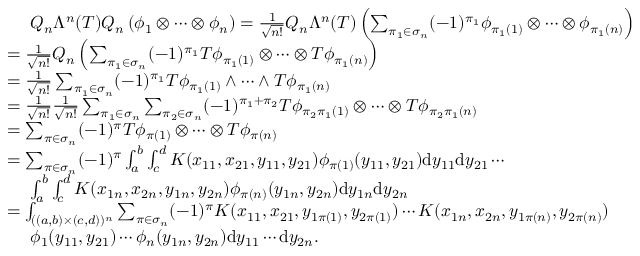
\begin{array} { r l } & { ~ ~ ~ ~ Q _ { n } \Lambda ^ { n } ( T ) Q _ { n } \left( \phi _ { 1 } \otimes \cdots \otimes \phi _ { n } \right) = \frac { 1 } { \sqrt { n ! } } Q _ { n } \Lambda ^ { n } ( T ) \left( \sum _ { \pi _ { 1 } \in \sigma _ { n } } ( - 1 ) ^ { \pi _ { 1 } } \phi _ { \pi _ { 1 } ( 1 ) } \otimes \cdots \otimes \phi _ { \pi _ { 1 } ( n ) } \right) } \\ & { = \frac { 1 } { \sqrt { n ! } } Q _ { n } \left( \sum _ { \pi _ { 1 } \in \sigma _ { n } } ( - 1 ) ^ { \pi _ { 1 } } T \phi _ { \pi _ { 1 } ( 1 ) } \otimes \cdots \otimes T \phi _ { \pi _ { 1 } ( n ) } \right) } \\ & { = \frac { 1 } { \sqrt { n ! } } \sum _ { \pi _ { 1 } \in \sigma _ { n } } ( - 1 ) ^ { \pi _ { 1 } } T \phi _ { \pi _ { 1 } ( 1 ) } \wedge \cdots \wedge T \phi _ { \pi _ { 1 } ( n ) } } \\ & { = \frac { 1 } { \sqrt { n ! } } \frac { 1 } { \sqrt { n ! } } \sum _ { \pi _ { 1 } \in \sigma _ { n } } \sum _ { \pi _ { 2 } \in \sigma _ { n } } ( - 1 ) ^ { \pi _ { 1 } + \pi _ { 2 } } T \phi _ { \pi _ { 2 } \pi _ { 1 } ( 1 ) } \otimes \cdots \otimes T \phi _ { \pi _ { 2 } \pi _ { 1 } ( n ) } } \\ & { = \sum _ { \pi \in \sigma _ { n } } ( - 1 ) ^ { \pi } T \phi _ { \pi ( 1 ) } \otimes \cdots \otimes T \phi _ { \pi ( n ) } } \\ & { = \sum _ { \pi \in \sigma _ { n } } ( - 1 ) ^ { \pi } \int _ { a } ^ { b } \int _ { c } ^ { d } K ( x _ { 1 1 } , x _ { 2 1 } , y _ { 1 1 } , y _ { 2 1 } ) \phi _ { \pi ( 1 ) } ( y _ { 1 1 } , y _ { 2 1 } ) \mathrm { d } y _ { 1 1 } \mathrm { d } y _ { 2 1 } \cdots } \\ & { ~ ~ ~ ~ \int _ { a } ^ { b } \int _ { c } ^ { d } K ( x _ { 1 n } , x _ { 2 n } , y _ { 1 n } , y _ { 2 n } ) \phi _ { \pi ( n ) } ( y _ { 1 n } , y _ { 2 n } ) \mathrm { d } y _ { 1 n } \mathrm { d } y _ { 2 n } } \\ & { = \int _ { ( ( a , b ) \times ( c , d ) ) ^ { n } } \sum _ { \pi \in \sigma _ { n } } ( - 1 ) ^ { \pi } K ( x _ { 1 1 } , x _ { 2 1 } , y _ { 1 \pi ( 1 ) } , y _ { 2 \pi ( 1 ) } ) \cdots K ( x _ { 1 n } , x _ { 2 n } , y _ { 1 \pi ( n ) } , y _ { 2 \pi ( n ) } ) } \\ & { ~ ~ ~ ~ \phi _ { 1 } ( y _ { 1 1 } , y _ { 2 1 } ) \cdots \phi _ { n } ( y _ { 1 n } , y _ { 2 n } ) \mathrm { d } y _ { 1 1 } \cdots \mathrm { d } y _ { 2 n } . } \end{array}